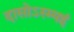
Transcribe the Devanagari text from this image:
दासोऽस्म्यहं